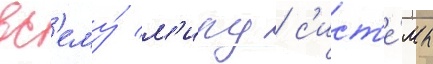
вс'ему́ м'иру / с'ист'е́мы